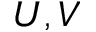
U , V